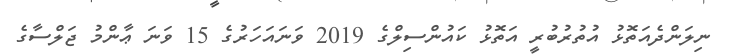
ނިލަންދެއަތޮޅު އުތުރުބުރީ އަތޮޅު ކައުންސިލްގެ 2019 ވަނައަހަރުގެ 15 ވަނަ ޢާންމު ޖަލްސާގެ